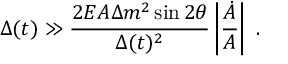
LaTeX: { \Delta ( t ) } \gg \frac { 2 E A { \Delta m ^ { 2 } \sin 2 \theta } } { \Delta ( t ) ^ { 2 } } \left| \frac { \dot { A } } { { A } } \right| \; .